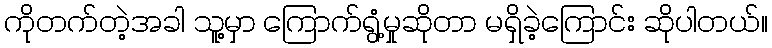
ကိုတက်တဲ့အခါ သူ့မှာ ကြောက်ရွံ့မှုဆိုတာ မရှိခဲ့ကြောင်း ဆိုပါတယ်။